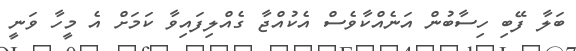
ބަލާ ފޭބި ހިސާބުން އަނެއްކާވެސް އެކުއްޖާ ގެއްލިފައިވާ ކަމަށް އެ މީހާ ވަނީ